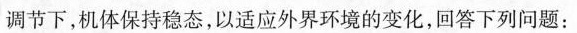
调节下，机体保持稳态，以适应外界环境的变化，回答下列问题：